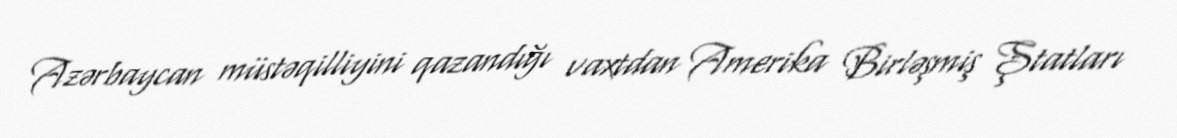
Azərbaycan müstəqilliyini qazandığı vaxtdan Amerika Birləşmiş Ştatları